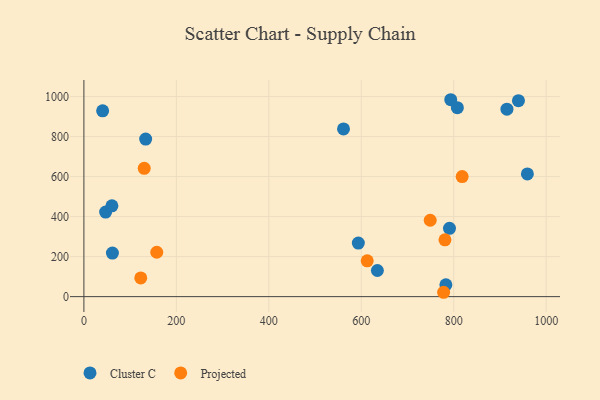
{"axis": {"x": "Distance", "y": "Yield"}, "legend": ["Cluster C", "Projected"], "data": [{"x": "634.9", "y": 130.7, "type": "Cluster C"}, {"x": "561.6", "y": 838.3, "type": "Cluster C"}, {"x": "593.7", "y": 267.5, "type": "Cluster C"}, {"x": "940.1", "y": 979.5, "type": "Cluster C"}, {"x": "47.0", "y": 422.9, "type": "Cluster C"}, {"x": "793.6", "y": 984.3, "type": "Cluster C"}, {"x": "60.6", "y": 454.1, "type": "Cluster C"}, {"x": "133.6", "y": 787.4, "type": "Cluster C"}, {"x": "61.7", "y": 217.6, "type": "Cluster C"}, {"x": "783.1", "y": 59.3, "type": "Cluster C"}, {"x": "807.9", "y": 944.5, "type": "Cluster C"}, {"x": "790.9", "y": 341.7, "type": "Cluster C"}, {"x": "40.5", "y": 928.9, "type": "Cluster C"}, {"x": "959.4", "y": 613.5, "type": "Cluster C"}, {"x": "915.2", "y": 937.2, "type": "Cluster C"}, {"x": "818.3", "y": 600.1, "type": "Projected"}, {"x": "749.2", "y": 381.8, "type": "Projected"}, {"x": "157.6", "y": 221.9, "type": "Projected"}, {"x": "781.1", "y": 283.9, "type": "Projected"}, {"x": "123.0", "y": 93.7, "type": "Projected"}, {"x": "612.9", "y": 179.0, "type": "Projected"}, {"x": "778.2", "y": 21.8, "type": "Projected"}, {"x": "130.5", "y": 641.6, "type": "Projected"}]}